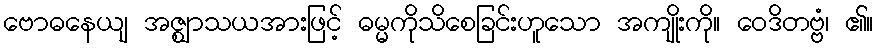
ဗောဓနေယျ အဇ္ဈာသယအားဖြင့် ဓမ္မကိုသိစေခြင်းဟူသော အကျိုးကို။ ဝေဒိတဗ္ဗံ၊ ၏။